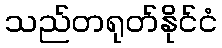
သည်တရုတ်နိုင်ငံ